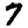
Digit: 7